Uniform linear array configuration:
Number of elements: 4
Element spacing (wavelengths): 1
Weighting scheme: hamming
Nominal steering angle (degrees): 30
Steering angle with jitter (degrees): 29.625
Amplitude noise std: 0.05
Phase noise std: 0.05

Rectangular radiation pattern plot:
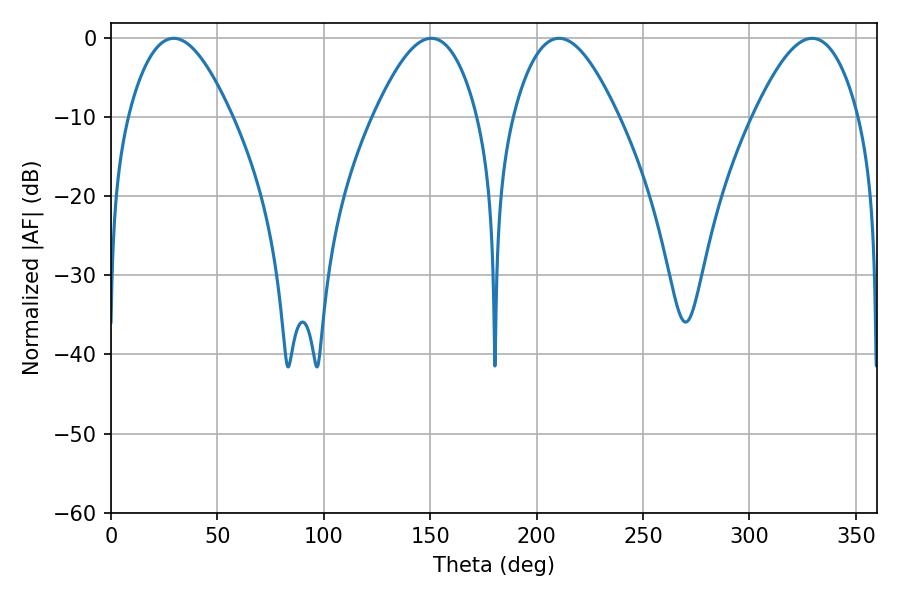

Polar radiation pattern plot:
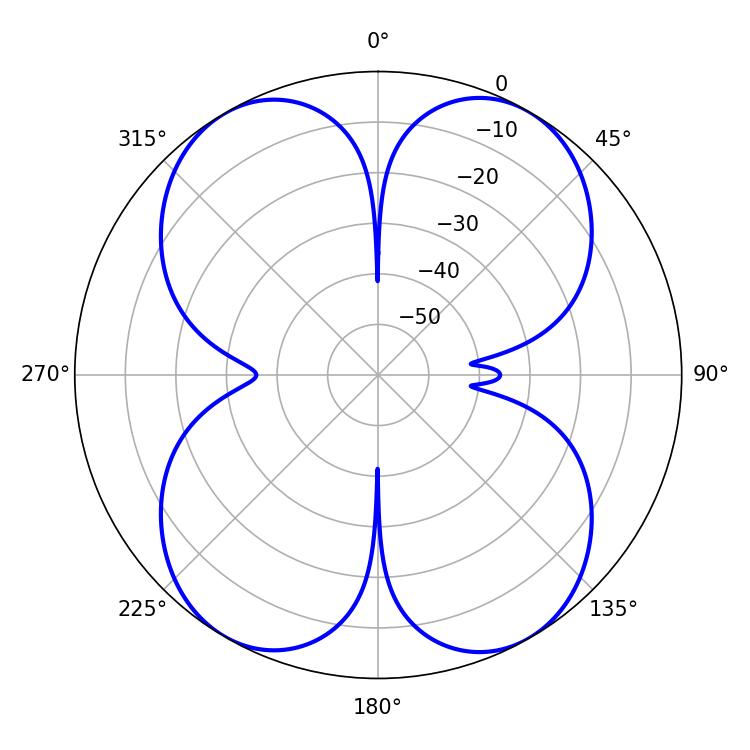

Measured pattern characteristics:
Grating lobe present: TRUE
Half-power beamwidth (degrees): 26.46
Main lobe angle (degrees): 29.52